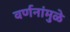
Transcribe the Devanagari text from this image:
वर्णनांमुळे